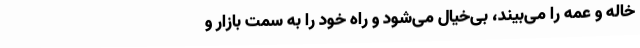
خاله و عمه را می‌بیند، بی‌خیال می‌شود و راه خود را به سمت بازار و